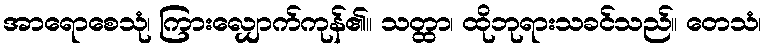
အာရောစေသုံ၊ ကြားလျှောက်ကုန်၏။ သတ္ထာ၊ ထိုဘုရားသခင်သည်။ တေသံ၊